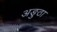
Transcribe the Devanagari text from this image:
अङुठा